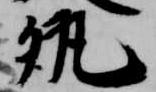
執